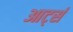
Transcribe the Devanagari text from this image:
आर्ट्स